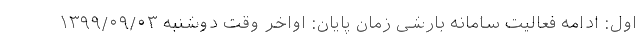
اول: ادامه فعالیت سامانه بارشی زمان پایان: اواخر وقت دوشنبه ۱۳۹۹/۰۹/۰۳